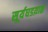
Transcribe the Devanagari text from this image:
सूर्यघडय़ाळ